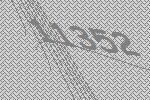
11352